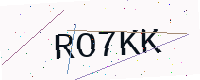
Text: RO7KK